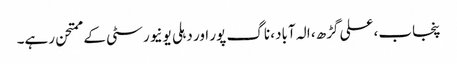
پنجاب، علی گڑھ، الہ آباد، ناگ پور اور دہلی یونیورسٹی کے ممتحن رہے۔